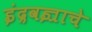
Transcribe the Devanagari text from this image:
इंद्रवज्राचे